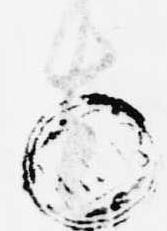
者